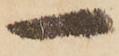
一